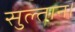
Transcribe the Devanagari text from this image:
सुल्तान।